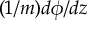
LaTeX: ( 1 / m ) d \phi / d z